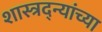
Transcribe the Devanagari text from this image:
शास्त्रद्न्यांच्या